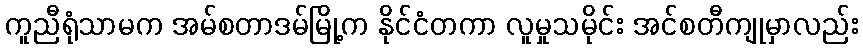
ကူညီရုံသာမက အမ်စတာဒမ်မြို့က နိုင်ငံတကာ လူမှုသမိုင်း အင်စတီကျုမှာလည်း